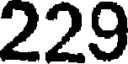
229